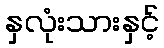
နှလုံးသားနှင့်